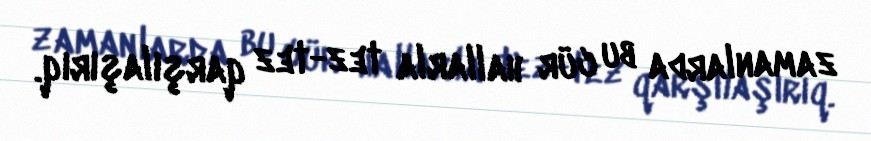
zamanlarda bu cür hallarla tez-tez qarşılaşırıq.